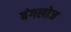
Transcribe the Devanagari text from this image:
बंगलोज